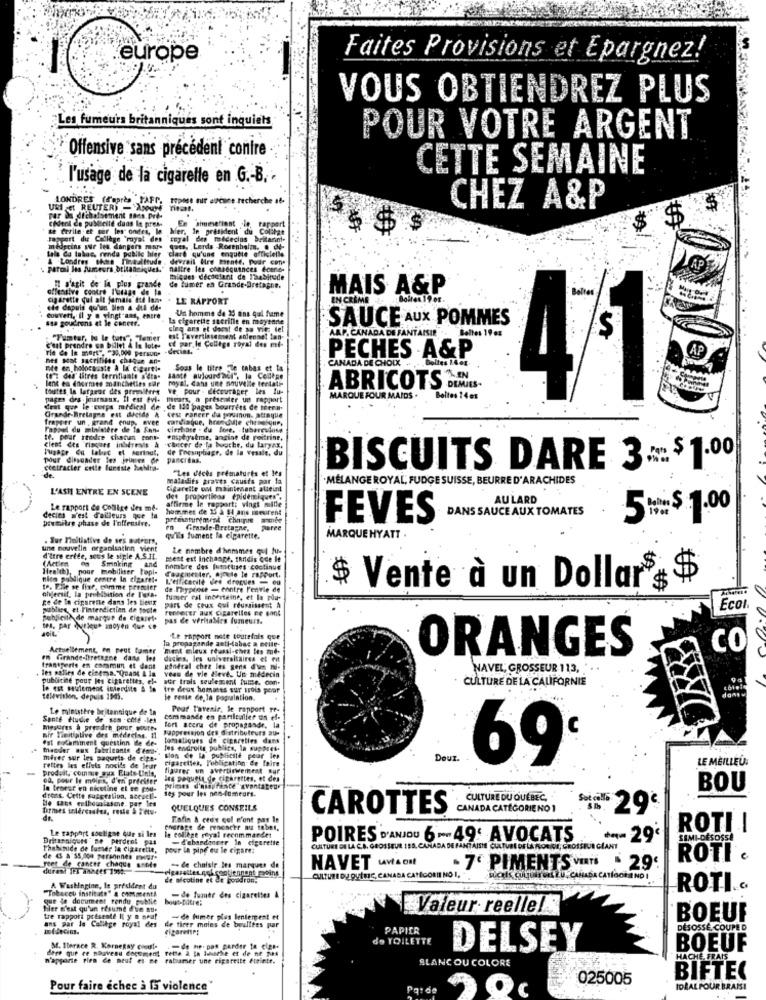
europe
Faites Provisions et Epargnez!
VOUS OBTIENDREZ PLUS
Les fumeurs britanniques sont inquiets
POUR VOTRE ARGENT
Offensive sans précédent contre
CETTE SEMAINE
l'usage de la cigarelle en G .- B. -
LONDRES (d'après YAFP, tepose our cocune recherche af-
URI et REUTER) - ANUM Tinat.
CHEZ A&P
Chdent de publicité duas It press
par on dichafsement sans.pre-
te ferile et ger les ondes, le
Mer, In president du Colilat
En simetiant .le rapport
$ $
Jaspert du Collège "royat des
"Esyal des médecins britanni-
Lala Ca tabac, renda public hier clare qu'une enquete officielle
decins sur les dangers mar-
Lerds -Rorenbelin. . 64-
devrait Wird esente. Podr con-
parcal les fumeurs britanniques."
naltre les conséquences ecent-
AP
Il s'agit de la plus grande
thisdes dicoetant de l'habitude
offensive contre l'utaas de la
de Zumer en Grande-Bretagne.
MAIS A&P
cigarette qui alt jamais te lane
LE RAPPORT
che dapuis quhan Dies a dtf de-
Un homme de 25 ans qui frame
Couvert, il y @ vingt ans, entre
asa goudrons et le cancer.
La cigarette sterille en moyenne
SAUCE AUX POMMES
cinq ans et deet de sa vita del
"Punter, Io le turs", "Temer
et par,le Collkgs royal des mi-
est Tavertissement solennel lan-
AAP. CANADA DE FANTAISIE .. Beltes 19.
rie de la merty. "30,000 persone
c'est prendre un billet & le lote-
net sat sacrififds chaque an-
PECHES A&P
File en holocauste à la cigarti-
Sous le titre le tabas et ta
CANADA DE CHOIX . .
(o" des titres terrifiante s'dta- saate aujourdwel", le Codege
lanc es doormes moancheties giar
royal, dans une nouvelle testate
toutes la largeur des premilere
ve pour . LEcourager les Iu-
ABRICOTS DIMOS.
41
pages ors journaux, Il est evi-
fears, a presenter un rapport
MARQUE FOUR MAIDS .
Beltes 14 es
dent que le corps medical de de 130 pages bourrées de teena-
frapper un , grand enup, ovee cardiaque, hrendute chrseigne,
Grande-Bretagne est dieide & cest raneer da porumon. attaque
Pappel du ministère de la Son- cirrhose . du lone. tuberculose
1. pour rtedie chacun pons-
emphysème, angine de poitrine,
cient des risques inbereals & cancer de la boothe, du laryax,
Tuaage da labc et surtout, de Foesophage, de la vessie, du
pour ditsuader les jeunes de pancreas.
ctetracier cette funeste bebltil-
"Les dices prématurés et les
BISCUITS DARE 3 === $ 1.00
maladifs pravts cauits par la
·MÉLANGE ROYAL, FUDGE SUISSE, BEURRE D'ARACHIDES
L'ASH ENTRE EN SCENE
Cigarette ont maintenant atteint
des proportions epidemique. .
AULARD
Le rapport de Collige dies me-
hummes de 15 a 14 ans meuirent
affirme le rapport; vingt mille
DANS SAUCE AUX TOMATES
premitre phase de l'offresive.
decies s'est faitleurs que la
prtesaturimeal chomie anoite
FEVES
5 === $.1.00
en Grande-Bretagne,
paree
. Sur Vioitiative de ses satrers,
qu'ils fument la cigarette.
MARQUEHYATT .
une nouvelle organisation vient
Le nombre d'hommes qui fue
d'itre eride, sous le sigle A.S.IL.
Smoking And
Best est Inchange, tandis Que le
Health), pour mobiliser Popl-
Faacmester, Ajoute le rapport.
nombre des Iumeuses continue
nie publique centre In cigaret-
L'efficacité des droques - ou
to. Elle se fine, comme premier
objectif, la prohibition de l'asa.
de Phyproce - ennire Fenvie de
$ Vente à un Dollar$ $
ge de Io cigarene dans les tientx
fumer est incertaine, et la pla-
publie, et l'interdiction de toute
renterer aux cigarelles ne sont
part de ceux qui réussissent A
Ecoi
peblicitA de marque de Cigarri.
pas Ce veritaMies fumeurs.
Jeit.
thu, par Nuitleu* moyen Cuf $
la propagande anti-tabac a ecue-
Le rapport note toutefois que
Actuellement, on peut tumer
ment mileux réussi-chez les mod-
CO
en Grande-bretagne dans les
dasies. Jes universitaires et eit
ORANGES
transports en commun et dent
les salles de cinema. Quand A la
kindral chez les gens d'un mi-
veas de vle dleves Un médecin
NAVEL; GROSSEUR 113,
publicine pour les cigarettes, el-
WGr trois seulessent fume, con-
CULTURE DE LA CALIFORNIE
le est seulement interdite & lo tre deux hommes sur trois poar
television. depuis 1945.
le reste de, la pograintion.
Le ministère britannique de la
Pour L'avenir, le rapport pr-
Sante etudie de son -côte -les
commande en particulier un ef-
mesures à prendre pour south.
Suppression des distributeurs au-
fort accru de propagande. la
mir Tinitiplive des medreiss. 11
est rocamment question de de-
tomatiques de cigareties dans
mander aux fabricants d'em-
les endroits publics, la suppret.
miser sur les paquets de elpe-
sion de la publicité peur les
cigarettes, l'obligation- de faire
Deuz.
69
LE MEILLEUR
rettes les effets nocils de leur
produit, comme wux Elate-Unis,
figurer un avertirwement sur
od, pour le moins, d'en préciser
Jeg poqueu de cigarettes, et des
la teneur en nicotine et te pou-
prints d'assurance svantateur
ses pour les non-fumeurs.
BOU
drons. Cette suggestion, accuel'-
Me sabe enthousiasme. par les
CULTURE DU QUEBEC,
fornses interesstus, reste'S Iets.
QUELQUES CONSEILS
CAROTTES
CANADA CATÉGORIE NO
dr.
Tafin & ctex cul n'ont pas le
Le rapport souligne Que si les
le collège royal reenmmandet
andrage de renoncer au tebes,
ROTI I
Britanniques"ne perdent pus
-d'abandonner In cigarette
POIRES D'ANJOU 6 -- 49' AVOCATS
+++- 29€
SIMIDISOS
Thebinide de tusser la cigarette,
pour la pipe eu le cigare:
CULTURE DE LA C.B. GROSSEUR 150, CANADA DE FANTAISIE claTunt or th AK
feet de cancer chaque anode
de 43 2'S5,000 personnes mar-
ROTI .
de choisir les marques de
NAVET LAVIA ON
7' PIMENTS VERTS
- 29€
de nicotine et de goudron.
CULTURE DU QUITIC, CANADA CATEGORIE NO I.
IN CANADA CATEGORIANOI
"Tobacco institute" & Comments
A Washingine, le president du
ROTI ...
que le document rendu publie
-de fuauer des cigarettes &
Her n'est qu'un resume d'un aute
Valeur reelle!
tre rapport presente Il y a neuf
ans par le Callkge royal des
- de fumer plus lentement et
BOEUF
de tirer moins de boulites par
cigarenr;
PAPIER
DÉSOSSÉ, COUPE D
de TOILETTE
dere que ce nouveau document rette 2 In Imache et de ne pas
M. Iterace R. Kornepsy coout-
-de ne pas parder ta cigs-
DELSEY
BOEUF
n'apporte rien de neut et ne
rabamer une cigarette éteinte.
BLANC OU COLORE
HACHÉ. FRAIS
025005
BIFTEC
Pour faire échec à 15 violence
Patde
IDÉAL POUR BRAIS!